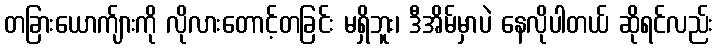
တခြားယောက်ျားကို လိုလားတောင့်တခြင်း မရှိဘူး၊ ဒီအိမ်မှာပဲ နေလိုပါတယ် ဆိုရင်လည်း